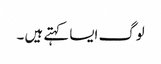
لوگ ایسا کہتے ہیں ۔